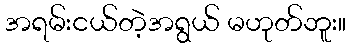
အရမ်းငယ်တဲ့အရွယ် မဟုတ်ဘူး။